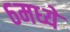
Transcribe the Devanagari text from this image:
६मध्ये